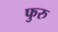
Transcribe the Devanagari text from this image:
फुरु